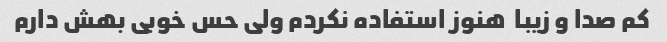
کم صدا و زیبا  هنوز استفاده نکردم ولی حس خوبی بهش دارم